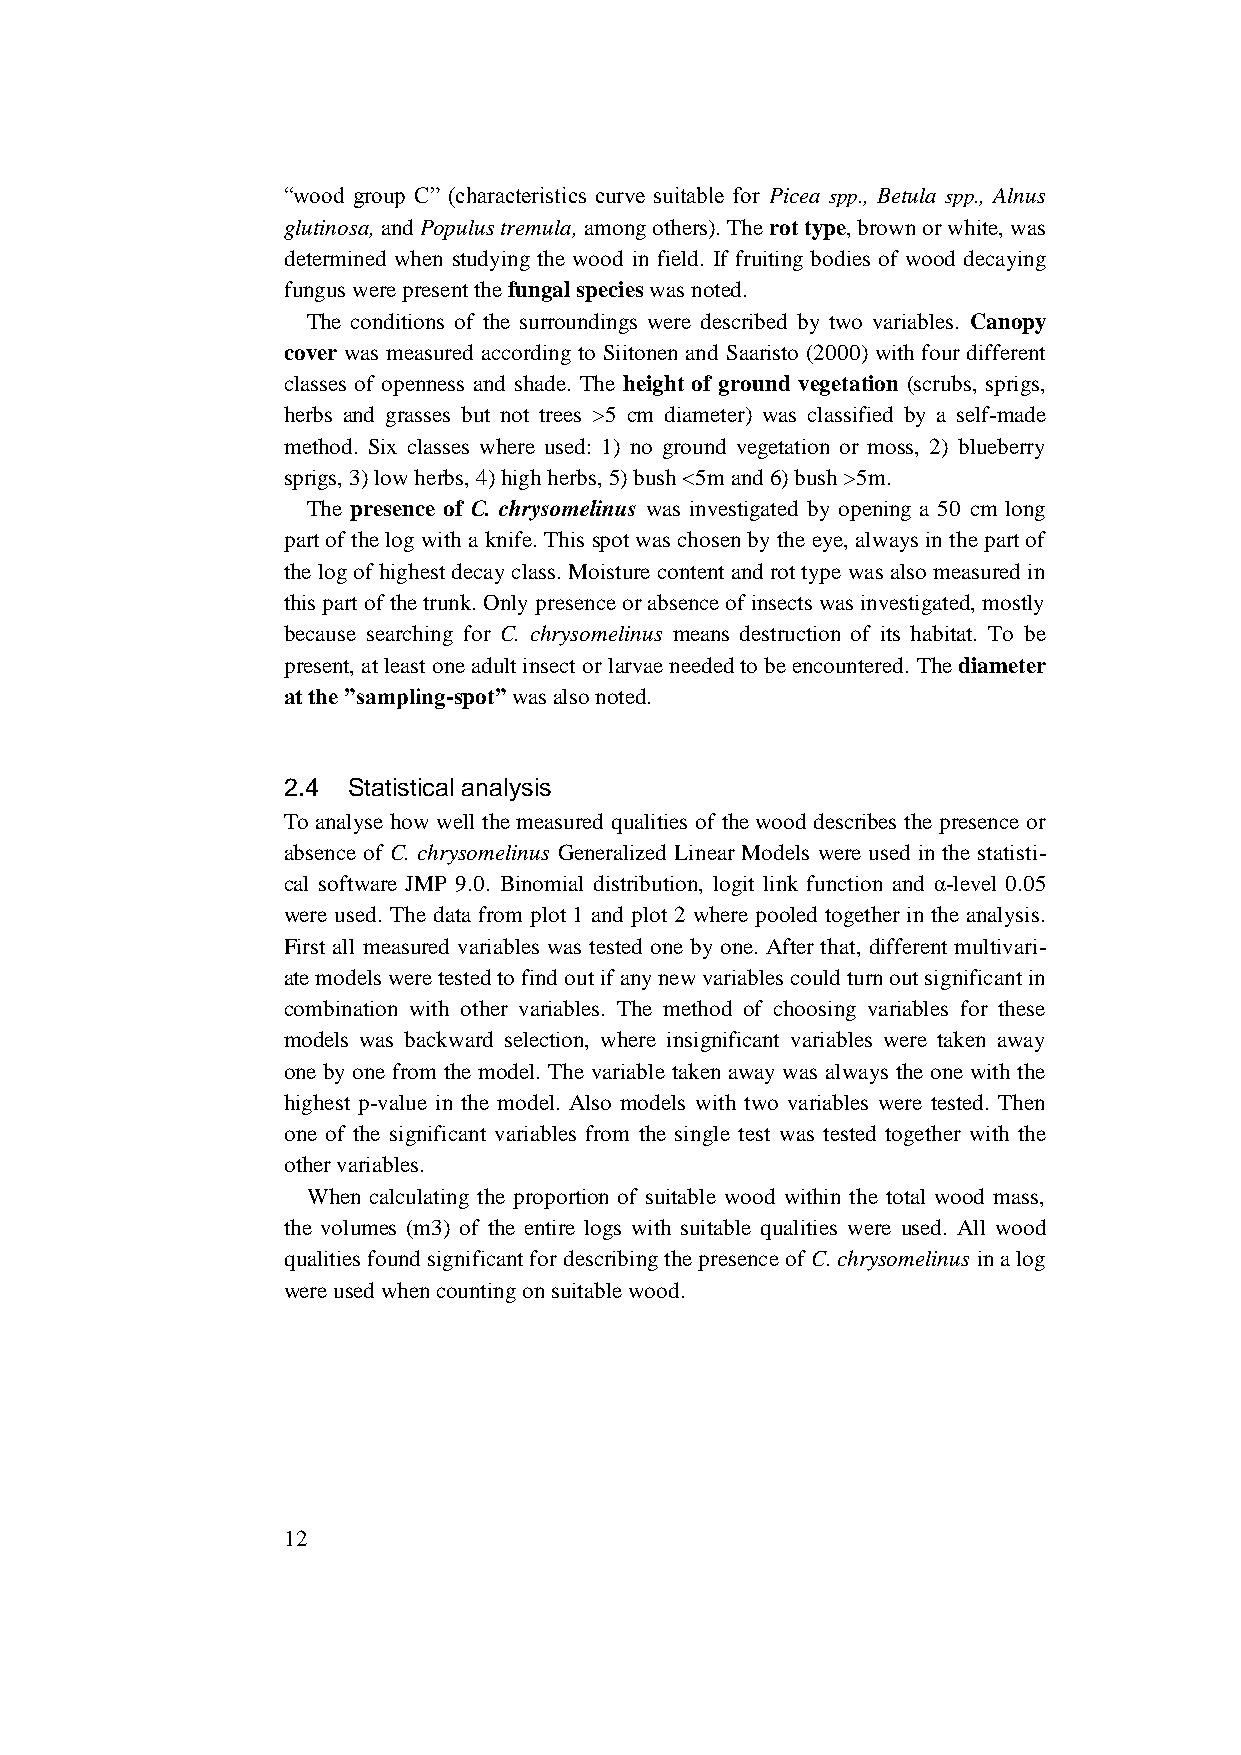
“wood group C” (characteristics curve suitable for Picea spp., Betula spp., Alnus
 glutinosa, and Populus tremula, among others). The rot type, brown or white, was
 determined when studying the wood in field. If fruiting bodies of wood decaying
 fungus were present the fungal species was noted.
 The conditions of the surroundings were described by two variables. Canopy
 cover was measured according to Siitonen and Saaristo (2000) with four different
 classes of openness and shade. The height of ground vegetation (scrubs, sprigs,
 herbs and grasses but not trees >5 cm diameter) was classified by a self-made
 method. Six classes where used: 1) no ground vegetation or moss, 2) blueberry
 sprigs, 3) low herbs, 4) high herbs, 5) bush <5m and 6) bush >5m.
 The presence of C. chrysomelinus was investigated by opening a 50 cm long
 part of the log with a knife. This spot was chosen by the eye, always in the part of
 the log of highest decay class. Moisture content and rot type was also measured in
 this part of the trunk. Only presence or absence of insects was investigated, mostly
 because searching for C. chrysomelinus means destruction of its habitat. To be
 present, at least one adult insect or larvae needed to be encountered. The diameter
 at the ”sampling-spot” was also noted.
 2.4 Statistical analysis
 To analyse how well the measured qualities of the wood describes the presence or
 absence of C. chrysomelinus Generalized Linear Models were used in the statisti-
 cal software JMP 9.0. Binomial distribution, logit link function and α-level 0.05
 were used. The data from plot 1 and plot 2 where pooled together in the analysis.
 First all measured variables was tested one by one. After that, different multivari-
 ate models were tested to find out if any new variables could turn out significant in
 combination with other variables. The method of choosing variables for these
 models was backward selection, where insignificant variables were taken away
 one by one from the model. The variable taken away was always the one with the
 highest p-value in the model. Also models with two variables were tested. Then
 one of the significant variables from the single test was tested together with the
 other variables.
 When calculating the proportion of suitable wood within the total wood mass,
 the volumes (m3) of the entire logs with suitable qualities were used. All wood
 qualities found significant for describing the presence of C. chrysomelinus in a log
 were used when counting on suitable wood.
 12